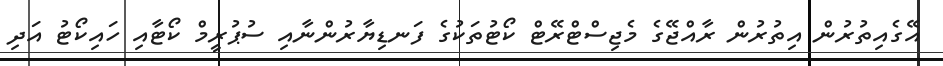
އޭގެއިތުރުން އިތުރުން ރާއްޖޭގެ މެޖިސްޓްރޭޓް ކޯޓުތަކުގެ ފަނޑިޔާރުންނާއި ސުޕުރީމް ކޯޓާއި ހައިކޯޓު އަދި